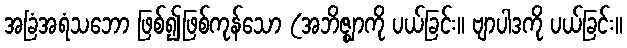
အခြံအရံသဘော ဖြစ်၍ဖြစ်ကုန်သော (အဘိဇ္ဈာကို ပယ်ခြင်း။ ဗျာပါဒကို ပယ်ခြင်း။